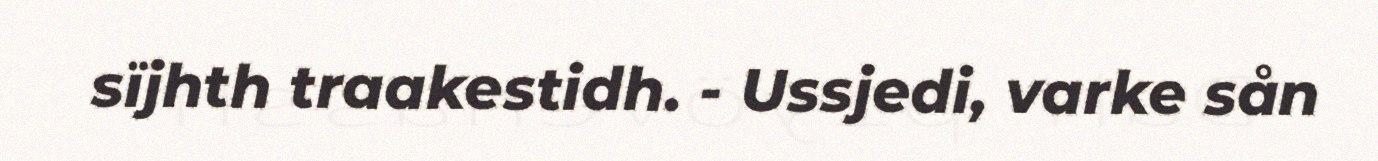
sïjhth traakestidh. - Ussjedi, varke sån